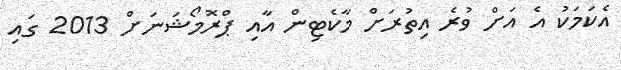
އެކަމަކު އެ އަށް ވުރެ އިތުރަށް މާކެޓިން އާއި ޕްރޮމޯޝަނަށް 2013 ގައި